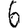
Digit: 6